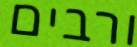
ורבים